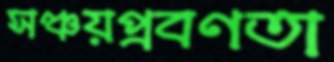
সঞ্চয়প্রবণতা